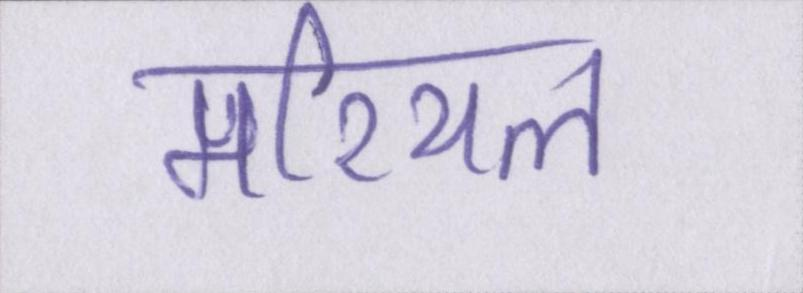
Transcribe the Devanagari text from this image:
मरियल